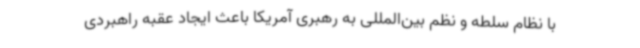
با نظام سلطه و نظم بین‌المللی به رهبری آمریکا باعث ایجاد عقبه راهبردی